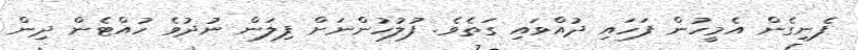
ފެނިގެން އެމީހުން ފަހައި ދުއްވައި ގަތެވެ. ފުލުހުންނަށް ފިލަން ނުދުވެ ހުއްޓެން ދިން